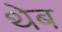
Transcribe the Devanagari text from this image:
थेब